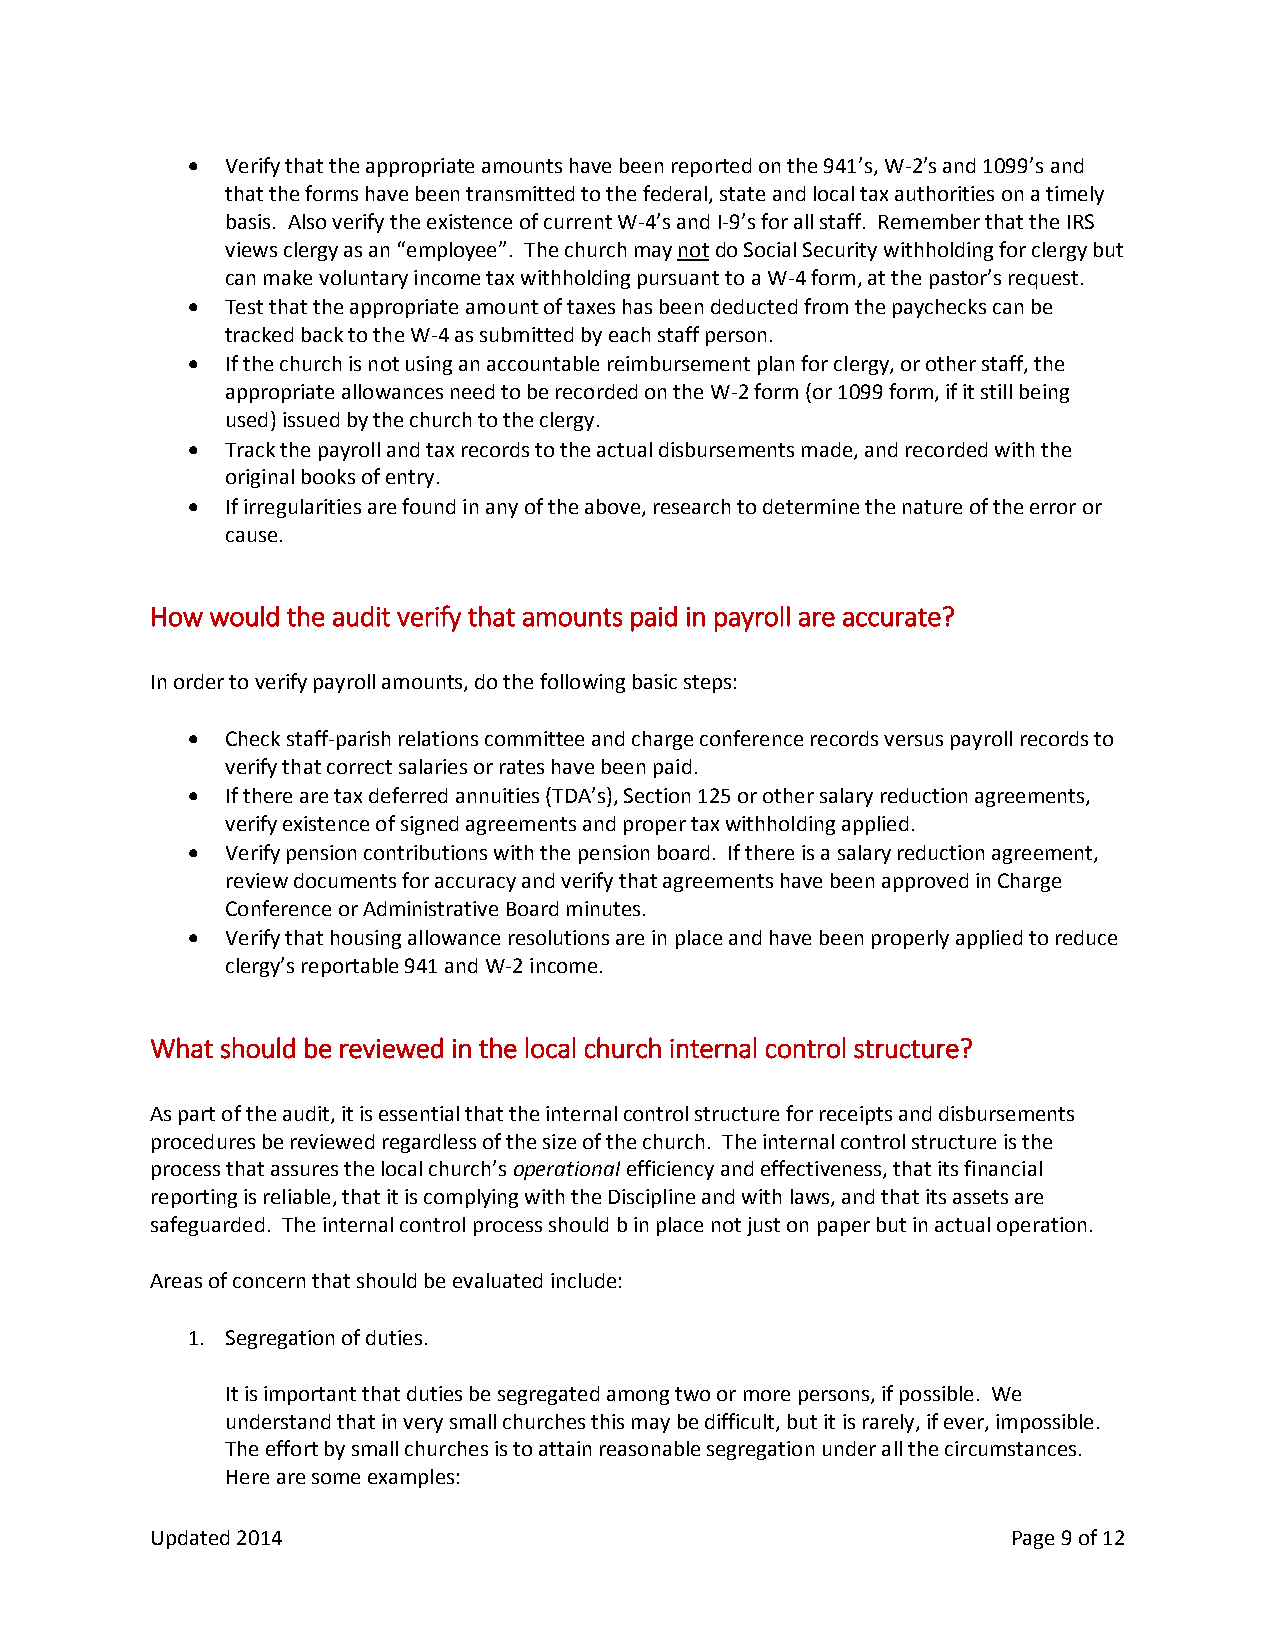
  Verify that the appropriate amounts have been reported on the 941’s, W-2’s and 1099’s and
 that the forms have been transmitted to the federal, state and local tax authorities on a timely
 basis. Also verify the existence of current W-4’s and I-9’s for all staff. Remember that the IRS
 views clergy as an “employee”. The church may not do Social Security withholding for clergy but
 can make voluntary income tax withholding pursuant to a W-4 form, at the pastor’s request.
   Test that the appropriate amount of taxes has been deducted from the paychecks can be
 tracked back to the W-4 as submitted by each staff person.
   If the church is not using an accountable reimbursement plan for clergy, or other staff, the
 appropriate allowances need to be recorded on the W-2 form (or 1099 form, if it still being
 used) issued by the church to the clergy.
   Track the payroll and tax records to the actual disbursements made, and recorded with the
 original books of entry.
   If irregularities are found in any of the above, research to determine the nature of the error or
 cause.
 How would the audit verify that amounts paid in payroll are accurate?
 In order to verify payroll amounts, do the following basic steps:
   Check staff-parish relations committee and charge conference records versus payroll records to
 verify that correct salaries or rates have been paid.
   If there are tax deferred annuities (TDA’s), Section 125 or other salary reduction agreements,
 verify existence of signed agreements and proper tax withholding applied.
   Verify pension contributions with the pension board. If there is a salary reduction agreement,
 review documents for accuracy and verify that agreements have been approved in Charge
 Conference or Administrative Board minutes.
   Verify that housing allowance resolutions are in place and have been properly applied to reduce
 clergy’s reportable 941 and W-2 income.
 What should be reviewed in the local church internal control structure?
 As part of the audit, it is essential that the internal control structure for receipts and disbursements
 procedures be reviewed regardless of the size of the church. The internal control structure is the
 process that assures the local church’s operational efficiency and effectiveness, that its financial
 reporting is reliable, that it is complying with the Discipline and with laws, and that its assets are
 safeguarded. The internal control process should b in place not just on paper but in actual operation.
 Areas of concern that should be evaluated include:
 1. Segregation of duties.
 It is important that duties be segregated among two or more persons, if possible. We
 understand that in very small churches this may be difficult, but it is rarely, if ever, impossible.
 The effort by small churches is to attain reasonable segregation under all the circumstances.
 Here are some examples:
 Updated 2014                                             Page 9 of 12